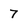
Character: 7